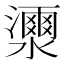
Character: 𤂝